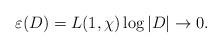
LaTeX: \begin{align*} \varepsilon(D)=L(1,\chi)\log{|D|}\to 0. \end{align*}